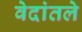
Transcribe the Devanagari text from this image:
वेदांतले